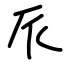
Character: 𠂢